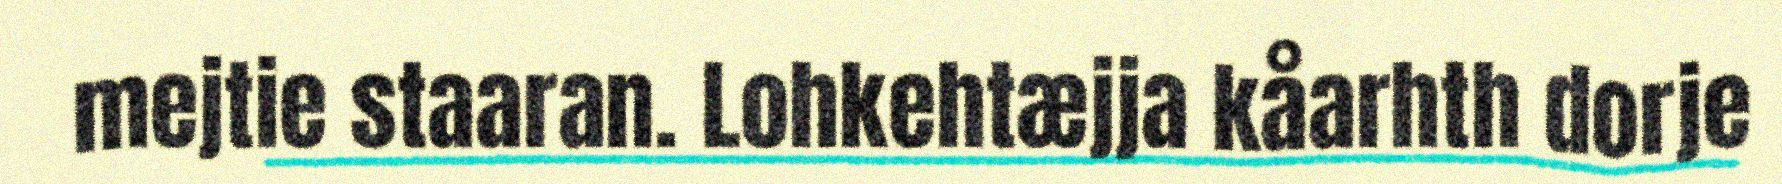
mejtie staaran. Lohkehtæjja kåarhth dorje